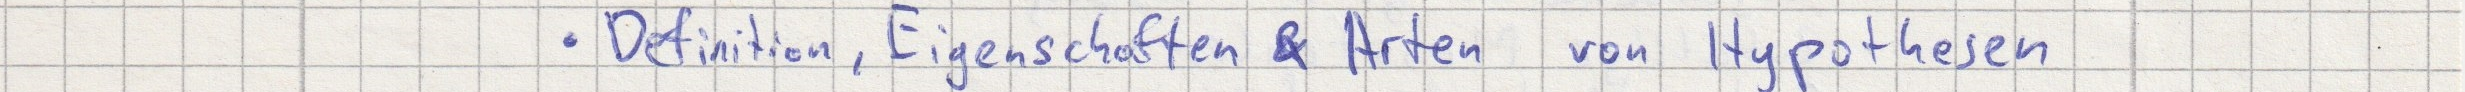
- Definition, Eigenschaften & Arten von Hypothesen